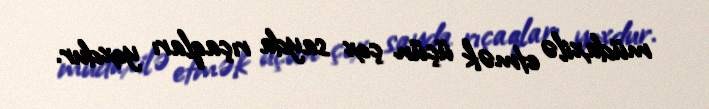
müdaxilə etmək üçün çox sayda rıçaqları yoxdur.